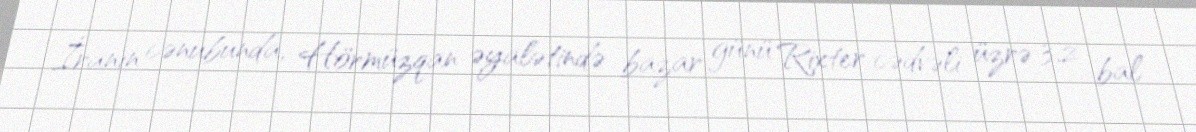
İranın cənubunda, Hörmüzqan əyalətində bazar günü Rixter cədvəli üzrə 3,2 bal